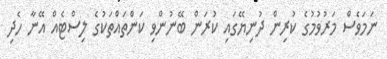
ނަމަވެސް މަރުވުމުގެ ކުރިން ދުނިޔޭގައި ކުރަން ބޭނުންވި ކަންތައްތަކުގެ ލިސްޓެއް އޭނާ ހެދި